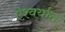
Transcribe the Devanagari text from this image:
ऎश्वर्यात